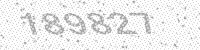
Solution: 189827